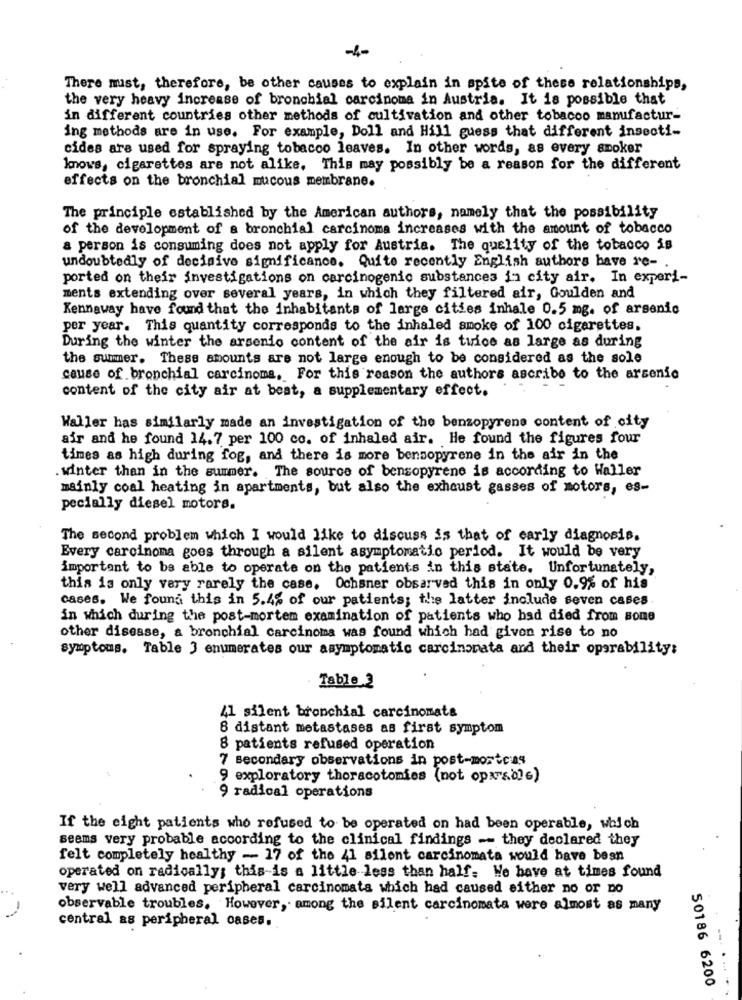
-4-
There must, therefore, be other causes to explain in spite of these relationships,
the very heavy increase of bronchial carcinoma in Austria. It is possible that
in different countries other methods of cultivation and other tobacco manufactur-
ing methods are in use. For example, Doll and Hill guess that different insecti-
cides are used for spraying tobacco leaves. In other words, as every smoker
knows, cigarettes are not alike, This may possibly be a reason for the different
effects on the bronchial mucous membrane.
The principle established by the American authors, namely that the possibility
of the development of a bronchial carcinoma increases with the amount of tobacco
a person is consuming does not apply for Austria. The quality of the tobacco is
undoubtedly of decisive significance. Quite recently English authors have re -.
ported on their investigations on carcinogenic substances in city air. In experi-
ments extending over several years, in which they filtered air, Goulden and
Kennaway have found that the inhabitants of large cities inhale 0.5 mg. of arsenic
per year. This quantity corresponds to the inhaled smoke of 100 cigarettes.
During the winter the arsenio content of the air is twice as large as during
the summer. These amounts are not large enough to be considered as the sole
cause of bronchial carcinoma, For this reason the authors ascribe to the arsenic
content of the city air at best, a supplementary effect.
Waller has similarly made an investigation of the benzopyrene content of city
air and he found 14.7 per 100 co. of inhaled air. He found the figures four
times as high during fog, and there is more bensopyrene in the air in the
winter than in the summer. The source of bensopyrene is according to Waller
mainly coal heating in apartments, but also the exhaust gasses of motors, es-
pecially diesel motors.
The second problem which I would like to discuss is that of early diagnosis.
Every carcinoma goes through a silent asymptomatio period. It would be very
important to be able to operate on the patients in this state. Unfortunately,
this is only very rarely the case, Ochsner obsarved this in only 0.9% of his
cases. We found this in 5.4% of our patients; the latter include seven cases
in which during the post-mortem examination of patients who had died from some
other disease, a bronchial carcinoma was found which had given rise to no
symptoms. Table 3 enumerates our asymptomatic carcinonata and their operability:
Table 2
41 silent bronchial carcinomata
8 distant metastases as first symptom
8 patients refused operation
7 secondary observations in post-mortens
9 exploratory thoracotomies (not oparable)
9 radical operations
If the eight patients who refused to be operated on had been operable, which
seems very probable according to the clinical findings -- they declared they
felt completely healthy - 17 of the 41 silent carcinomata would have besn
operated on radically; this is a little less than half. We have at times found
very well advanced peripheral carcinomata which had caused either no or no
-
observable troubles. However, among the silent carcinomata were almost as many
central as peripheral cases.
50186 6200